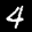
Label: 4